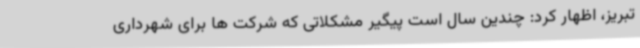
تبریز، اظهار کرد: چندین سال است پیگیر مشکلاتی که شرکت ها برای شهرداری